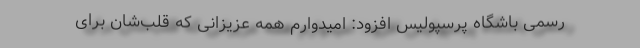
رسمی باشگاه پرسپولیس افزود: امیدوارم همه عزیزانی که قلب‌شان برای